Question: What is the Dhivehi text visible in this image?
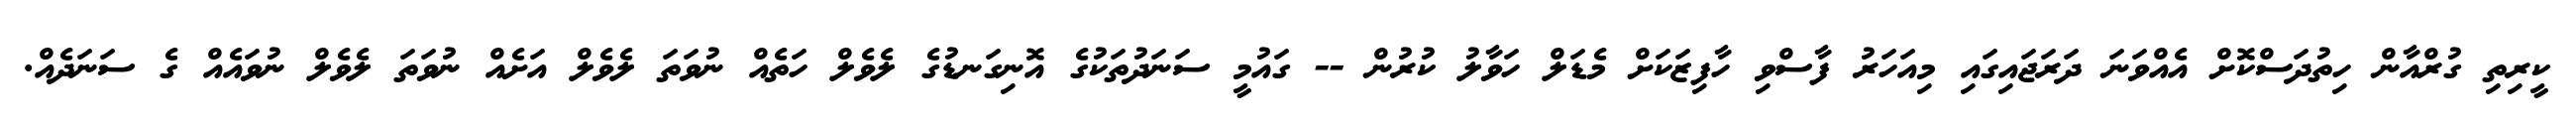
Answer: ކީރިތި ގުރްއާން ހިތުދަސްކޮށް އެއްވަނަ ދަރަޖައިގައި މިއަހަރު ފާސްވި ހާފިޒަކަށް މެޑަލް ހަވާލު ކުރުން -- ގައުމީ ސަނަދުތަކުގެ އޮނިގަނޑުގެ ލެވެލް ހަތެއް ނުވަތަ ލެވެލް އަށެއް ނުވަތަ ލެވެލް ނުވައެއް ގެ ސަނަދެއް.